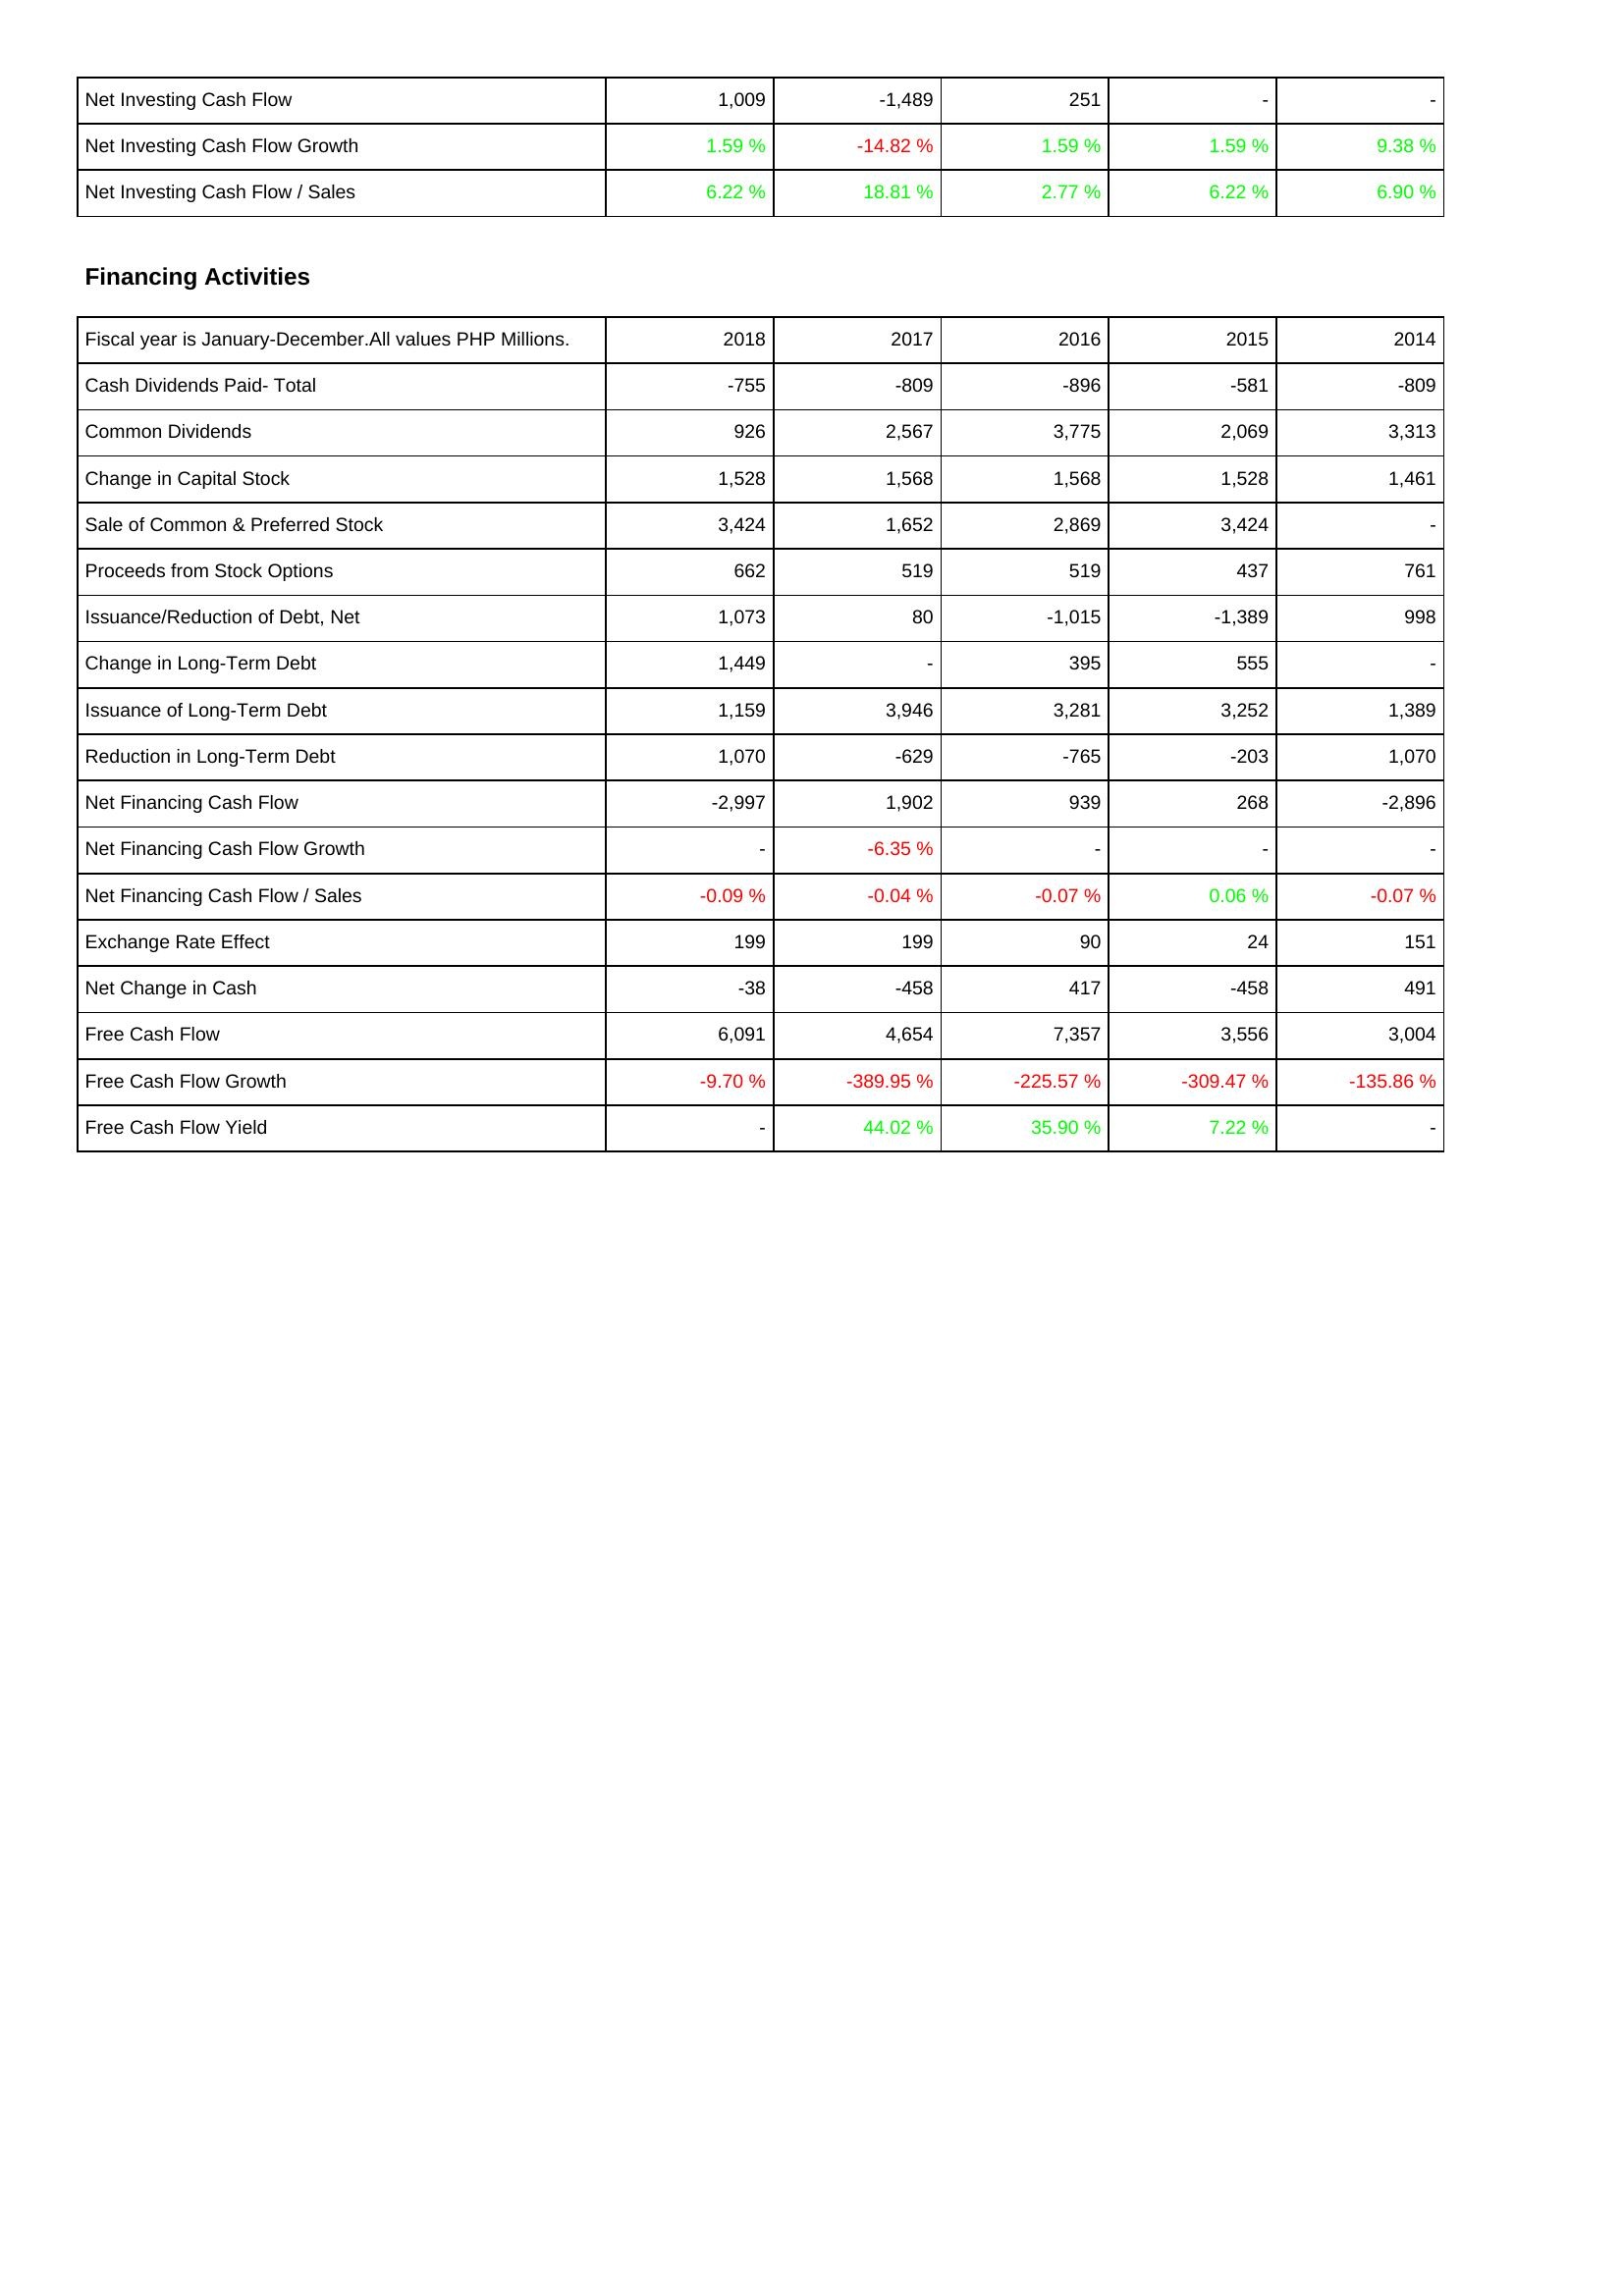
2018: Investing Activities: Net Investing Cash Flow: 1,009
Net Investing Cash Flow Growth: 1.59 %
Net Investing Cash Flow / Sales: 6.22 %
Financing Activities: Cash Dividends Paid- Total: -755
Common Dividends: 926
Change in Capital Stock: 1,528
Sale of Common & Preferred Stock: 3,424
Proceeds from Stock Options: 662
Issuance/Reduction of Debt, Net: 1,073
Change in Long-Term Debt: 1,449
Issuance of Long-Term Debt: 1,159
Reduction in Long-Term Debt: 1,070
Net Financing Cash Flow: -2,997
Net Financing Cash Flow Growth: -
Net Financing Cash Flow / Sales: -0.09 %
Exchange Rate Effect: 199
Net Change in Cash: -38
Free Cash Flow: 6,091
Free Cash Flow Growth: -9.70 %
Free Cash Flow Yield: -
2017: Investing Activities: Net Investing Cash Flow: -1,489
Net Investing Cash Flow Growth: -14.82 %
Net Investing Cash Flow / Sales: 18.81 %
Financing Activities: Cash Dividends Paid- Total: -809
Common Dividends: 2,567
Change in Capital Stock: 1,568
Sale of Common & Preferred Stock: 1,652
Proceeds from Stock Options: 519
Issuance/Reduction of Debt, Net: 80
Change in Long-Term Debt: -
Issuance of Long-Term Debt: 3,946
Reduction in Long-Term Debt: -629
Net Financing Cash Flow: 1,902
Net Financing Cash Flow Growth: -6.35 %
Net Financing Cash Flow / Sales: -0.04 %
Exchange Rate Effect: 199
Net Change in Cash: -458
Free Cash Flow: 4,654
Free Cash Flow Growth: -389.95 %
Free Cash Flow Yield: 44.02 %
2016: Investing Activities: Net Investing Cash Flow: 251
Net Investing Cash Flow Growth: 1.59 %
Net Investing Cash Flow / Sales: 2.77 %
Financing Activities: Cash Dividends Paid- Total: -896
Common Dividends: 3,775
Change in Capital Stock: 1,568
Sale of Common & Preferred Stock: 2,869
Proceeds from Stock Options: 519
Issuance/Reduction of Debt, Net: -1,015
Change in Long-Term Debt: 395
Issuance of Long-Term Debt: 3,281
Reduction in Long-Term Debt: -765
Net Financing Cash Flow: 939
Net Financing Cash Flow Growth: -
Net Financing Cash Flow / Sales: -0.07 %
Exchange Rate Effect: 90
Net Change in Cash: 417
Free Cash Flow: 7,357
Free Cash Flow Growth: -225.57 %
Free Cash Flow Yield: 35.90 %
2015: Investing Activities: Net Investing Cash Flow: -
Net Investing Cash Flow Growth: 1.59 %
Net Investing Cash Flow / Sales: 6.22 %
Financing Activities: Cash Dividends Paid- Total: -581
Common Dividends: 2,069
Change in Capital Stock: 1,528
Sale of Common & Preferred Stock: 3,424
Proceeds from Stock Options: 437
Issuance/Reduction of Debt, Net: -1,389
Change in Long-Term Debt: 555
Issuance of Long-Term Debt: 3,252
Reduction in Long-Term Debt: -203
Net Financing Cash Flow: 268
Net Financing Cash Flow Growth: -
Net Financing Cash Flow / Sales: 0.06 %
Exchange Rate Effect: 24
Net Change in Cash: -458
Free Cash Flow: 3,556
Free Cash Flow Growth: -309.47 %
Free Cash Flow Yield: 7.22 %
2014: Investing Activities: Net Investing Cash Flow: -
Net Investing Cash Flow Growth: 9.38 %
Net Investing Cash Flow / Sales: 6.90 %
Financing Activities: Cash Dividends Paid- Total: -809
Common Dividends: 3,313
Change in Capital Stock: 1,461
Sale of Common & Preferred Stock: -
Proceeds from Stock Options: 761
Issuance/Reduction of Debt, Net: 998
Change in Long-Term Debt: -
Issuance of Long-Term Debt: 1,389
Reduction in Long-Term Debt: 1,070
Net Financing Cash Flow: -2,896
Net Financing Cash Flow Growth: -
Net Financing Cash Flow / Sales: -0.07 %
Exchange Rate Effect: 151
Net Change in Cash: 491
Free Cash Flow: 3,004
Free Cash Flow Growth: -135.86 %
Free Cash Flow Yield: -